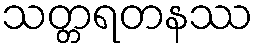
သတ္တရတနဿ